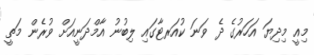
މިއީ މިދިޔަ އަހަރުގެ ދެ ވަނަ ކުއަރޓާގައި ލިބުނު އާމްދަނީއަށް ވުރެން މަތީ